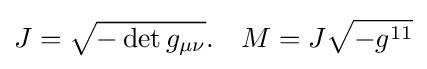
J={\sqrt {-\det g_{\mu \nu }}}.\ \ \ M=J{\sqrt {-g^{11}}}